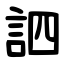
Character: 訵